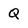
Character: Q